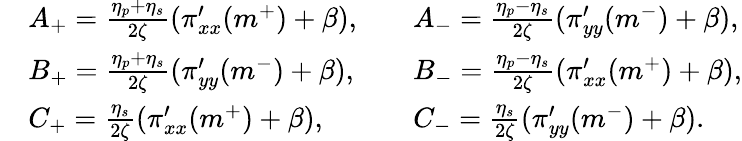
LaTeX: \begin{array}{rlrl}&{A_{+}=\frac{\eta_{p}+\eta_{s}}{2\zeta}(\pi_{xx}^{\prime}(m^{+})+\beta),}&&{A_{-}=\frac{\eta_{p}-\eta_{s}}{2\zeta}(\pi_{yy}^{\prime}(m^{-})+\beta),}\\ &{B_{+}=\frac{\eta_{p}+\eta_{s}}{2\zeta}(\pi_{yy}^{\prime}(m^{-})+\beta),}&&{B_{-}=\frac{\eta_{p}-\eta_{s}}{2\zeta}(\pi_{xx}^{\prime}(m^{+})+\beta),}\\ &{C_{+}=\frac{\eta_{s}}{2\zeta}(\pi_{xx}^{\prime}(m^{+})+\beta),}&&{C_{-}=\frac{\eta_{s}}{2\zeta}(\pi_{yy}^{\prime}(m^{-})+\beta).}\end{array}